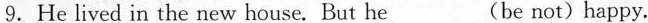
9.He lived in the new house.But he___(be not)happy.